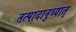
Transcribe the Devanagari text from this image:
तत्पादानुध्यात्